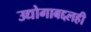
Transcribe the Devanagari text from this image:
उद्योगाबद्दलही